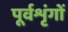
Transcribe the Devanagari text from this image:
पूर्वशृंगों